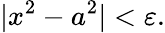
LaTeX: |x^{2}-a^{2}|<\varepsilon.